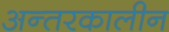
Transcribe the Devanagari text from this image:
अन्तरकालीन